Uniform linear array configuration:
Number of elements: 64
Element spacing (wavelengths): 0.5
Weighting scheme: kaiser
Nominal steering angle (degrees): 15
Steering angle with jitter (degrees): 14.186
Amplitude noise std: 0.05
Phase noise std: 0.05

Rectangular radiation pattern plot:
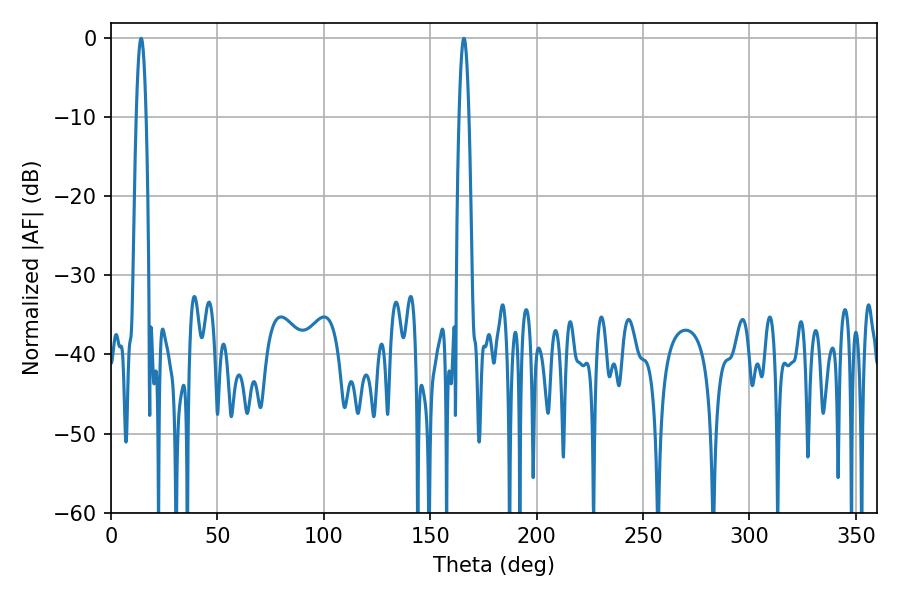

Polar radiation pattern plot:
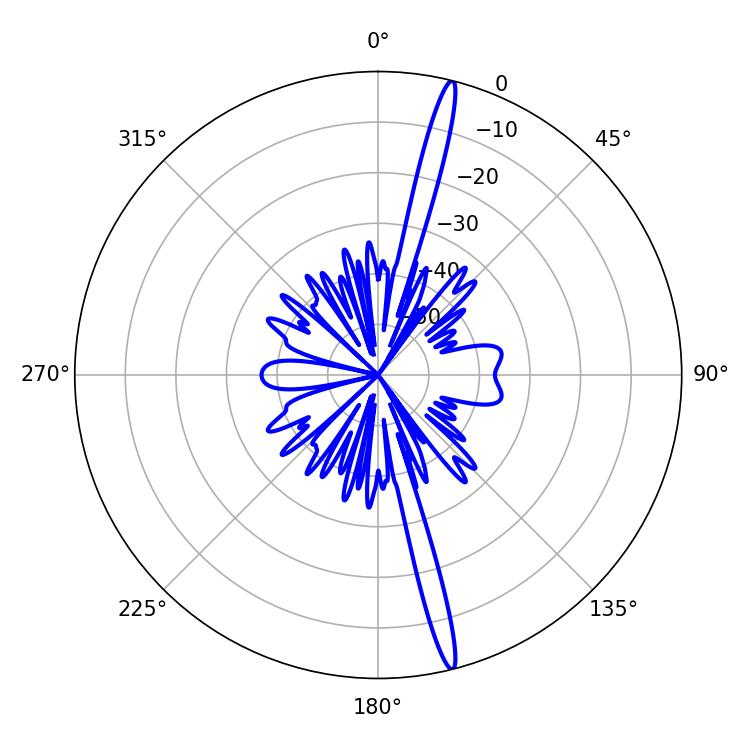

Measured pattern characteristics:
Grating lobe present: FALSE
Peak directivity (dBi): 19.246
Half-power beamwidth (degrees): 2.52
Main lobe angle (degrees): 165.78